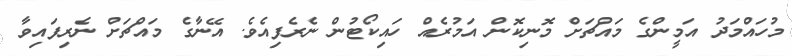
މުހައްމަދު އަމީންގެ މައްޗަށް މޮނިކޮން އަމުރެއް ހައިކޯޓުން ނެރެފިއެވެ. އޭނާގެ މައްޗަށް ނެރިފައިވާ